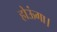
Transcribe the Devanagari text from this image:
होऊंगा।